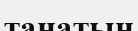
танатын